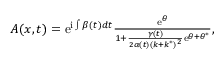
\begin{array} { r } { A ( x , t ) = \mathrm { { e } } ^ { \mathrm { { i } } \int \beta ( t ) d t } \frac { \mathrm { { e } } ^ { \theta } } { 1 + \frac { \gamma ( t ) } { 2 \alpha ( t ) ( k + k ^ { \ast } ) ^ { 2 } } \mathrm { { e } } ^ { \theta + \theta ^ { \ast } } } , } \end{array}